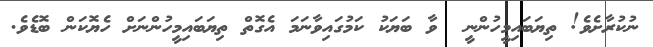
ނުކުރާށެވެ! ތިޔަބައިމީހުންނީ  ވާ ބަޔަކު ކަމުގައިވާނަމަ އެގޮތް ތިޔަބައިމީހުންނަށް ހެޔޮކަން ބޮޑެވެ.